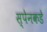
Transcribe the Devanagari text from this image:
स्पेनकडे